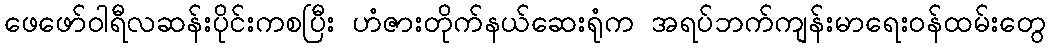
ဖေဖော်ဝါရီလဆန်းပိုင်းကစပြီး ဟံဇားတိုက်နယ်ဆေးရုံက အရပ်ဘက်ကျန်းမာရေးဝန်ထမ်းတွေ